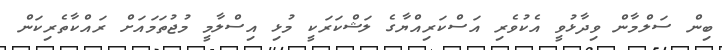
ބިން ސަލްމާން ވިދާޅުވީ އެކުވެރި އަސްކަރިއްޔާގެ ލަޝްކަރަކީ މުޅި އިސްލާމީ މުޖުތަމައަށް ރައްކާތެރިކަން